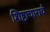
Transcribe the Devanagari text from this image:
शिष्टाचाराचे